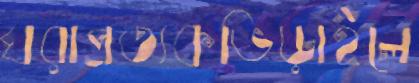
ঘরাপ্রত্যকভিড়াইলে